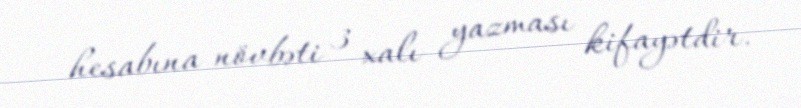
hesabına növbəti 3 xalı yazması kifayətdir.